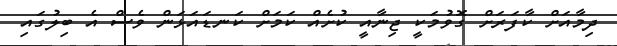
ދިމާއަށް ކާފަރަށް ގޮވުމަކީ ޖިނާއީ ކުށެއް ކަމަށް ކަނޑައަޅަން ވެސް އެ ބިލުގައި